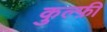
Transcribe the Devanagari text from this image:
कुल्फ़ी